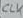
Text: CLK